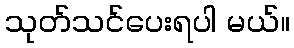
သုတ်သင်ပေးရပါ မယ်။